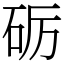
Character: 砺